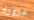
مرورك